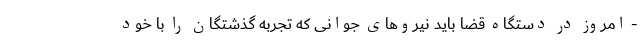
- امروز در دستگاه قضا باید نیروهای جوانی که تجربه گذشتگان را با خود